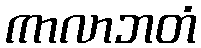
ကာလာဘတံ